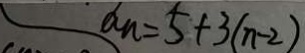
a _ { n } = 5 + 3 ( n - 2 )